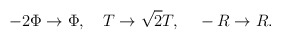
\begin{align*}-2\Phi \rightarrow \Phi,~~~ T \rightarrow \sqrt 2 T, ~~~-R \rightarrow R.\end{align*}